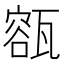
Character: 㼸